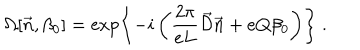
LaTeX: \Omega [ \vec { n } , \beta _ { 0 } ] = \exp \left\{ - i \left( \frac { 2 \pi } { e L } \vec { \cal D } \vec { n } + e Q \beta _ { 0 } \right) \right\} \ .